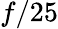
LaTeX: f/25